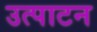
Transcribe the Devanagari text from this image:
उत्पाटन